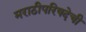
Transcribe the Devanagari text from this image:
मराठीपरिषदेची